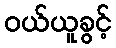
ဝယ်ယူခွင့်